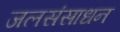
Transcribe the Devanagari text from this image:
जलसंसाधन